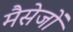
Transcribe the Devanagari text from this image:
मैसेजों